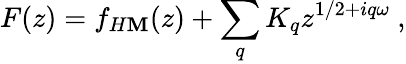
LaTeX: F(z)=f_{H\mathbf{M}}(z)+\sum_{q}K_{q}z^{1/2+iq\omega}\ ,